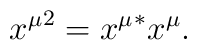
{x^\mu}^2={x^\mu}^*x^\mu.